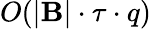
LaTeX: O(|\mathbf{B}|\cdot\tau\cdot q)